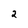
Character: 2